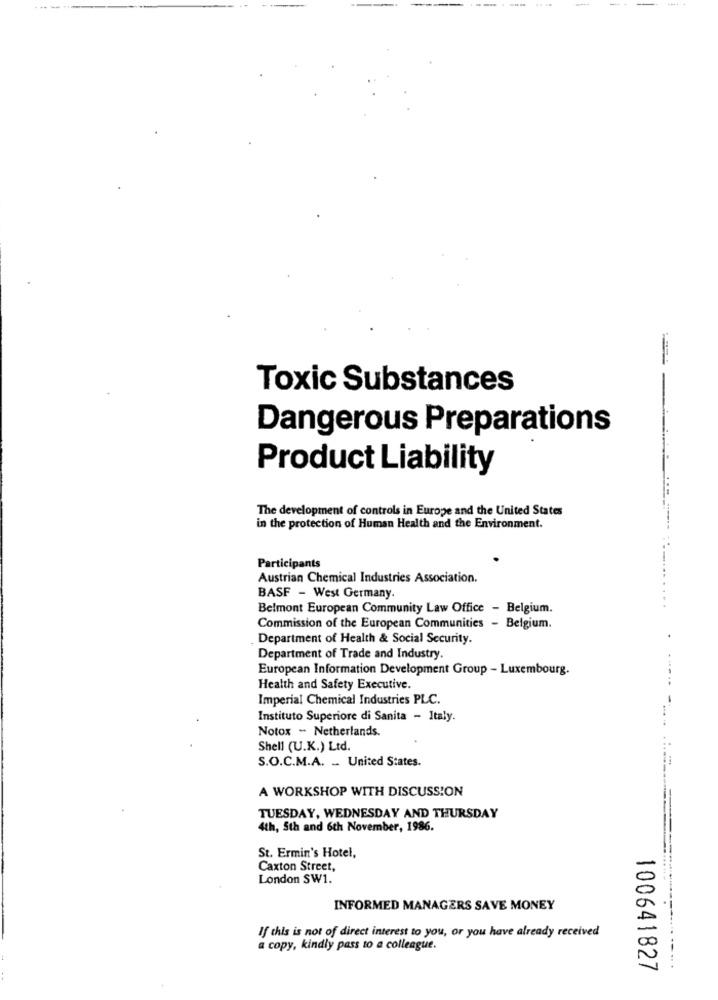
Toxic Substances
Dangerous Preparations
Product Liability
The development of controls in Europe and the United States
in the protection of Human Health and the Environment.
Participants
Austrian Chemical Industries Association.
BASF - West Germany.
Belmont European Community Law Office - Belgium.
Commission of the European Communities - Belgium.
Department of Health & Social Security.
Department of Trade and Industry.
European Information Development Group - Luxembourg.
Health and Safety Executive.
Imperial Chemical Industries PLC.
Instituto Superiore di Sanita - Italy.
Notox - Netherlands.
Shell (U.K.) Ltd.
S.O.C.M.A. _. United States.
A WORKSHOP WITH DISCUSSION
TUESDAY, WEDNESDAY AND THURSDAY
4th, Sth and 6th November, 1986.
St. Ermin's Hotel,
Caxton Street,
London SW1.
INFORMED MANAGERS SAVE MONEY
If this is not of direct interest to you, or you have already received
a copy, kindly pass to a colleague.
100641827